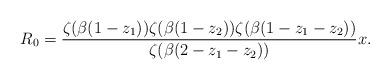
LaTeX: \begin{align*}R_0= \frac{{\zeta (\beta (1 - z_1))\zeta (\beta (1 - z_2))\zeta (\beta (1 - z_1 - z_2))}}{{\zeta (\beta (2 - z_1 - z_2))}}x. \end{align*}